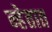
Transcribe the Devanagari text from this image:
न्हेतात